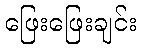
ဖြေးဖြေးချင်း